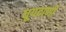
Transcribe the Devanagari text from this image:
धूपदाणी